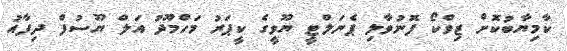
ކާމިޔާބުކޮށް ޒިވްކޯ ފޮނުވާލި ޕެނަލްޓީ ޔޫވީގެ ކީޕަރު މަހްމޫދު އަލް ޔޫސުފް ދިފާއު